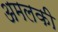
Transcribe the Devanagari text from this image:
अमलकी